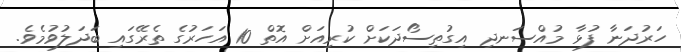
ހަރުދަނާ ފުޅާ މުއްސަނދި އިގުތިސޯދަކަށް ކުރިއަށް އޮތް 10 އަހަރުގެ ތެރޭގައި ބަދަލުވުމެވެ.